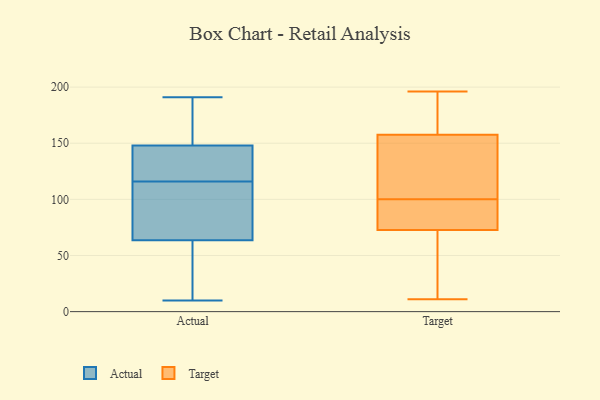
{"axis": {"x": "Customer Acquisition Cost (USD)", "y": "Value"}, "legend": ["Actual", "Target"], "data": [{"x": "", "y": 56, "type": "Actual"}, {"x": "", "y": 130, "type": "Actual"}, {"x": "", "y": 10, "type": "Actual"}, {"x": "", "y": 88, "type": "Actual"}, {"x": "", "y": 191, "type": "Actual"}, {"x": "", "y": 66, "type": "Actual"}, {"x": "", "y": 130, "type": "Actual"}, {"x": "", "y": 182, "type": "Actual"}, {"x": "", "y": 151, "type": "Actual"}, {"x": "", "y": 147, "type": "Actual"}, {"x": "", "y": 116, "type": "Actual"}, {"x": "", "y": 112, "type": "Actual"}, {"x": "", "y": 35, "type": "Actual"}, {"x": "", "y": 179, "type": "Target"}, {"x": "", "y": 184, "type": "Target"}, {"x": "", "y": 100, "type": "Target"}, {"x": "", "y": 29, "type": "Target"}, {"x": "", "y": 92, "type": "Target"}, {"x": "", "y": 123, "type": "Target"}, {"x": "", "y": 93, "type": "Target"}, {"x": "", "y": 126, "type": "Target"}, {"x": "", "y": 193, "type": "Target"}, {"x": "", "y": 35, "type": "Target"}, {"x": "", "y": 168, "type": "Target"}, {"x": "", "y": 69, "type": "Target"}, {"x": "", "y": 196, "type": "Target"}, {"x": "", "y": 84, "type": "Target"}, {"x": "", "y": 55, "type": "Target"}, {"x": "", "y": 123, "type": "Target"}, {"x": "", "y": 11, "type": "Target"}, {"x": "", "y": 84, "type": "Target"}, {"x": "", "y": 110, "type": "Target"}]}